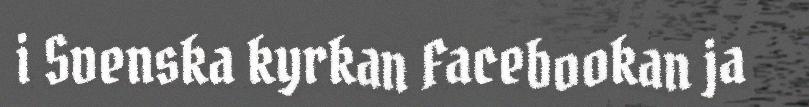
i Svenska kyrkan Facebookan ja